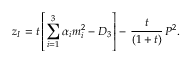
z _ { I } = t \left[ \sum _ { i = 1 } ^ { 3 } \alpha _ { i } m _ { i } ^ { 2 } - D _ { 3 } \right] - \, \frac { t } { ( 1 + t ) } \, P ^ { 2 } .